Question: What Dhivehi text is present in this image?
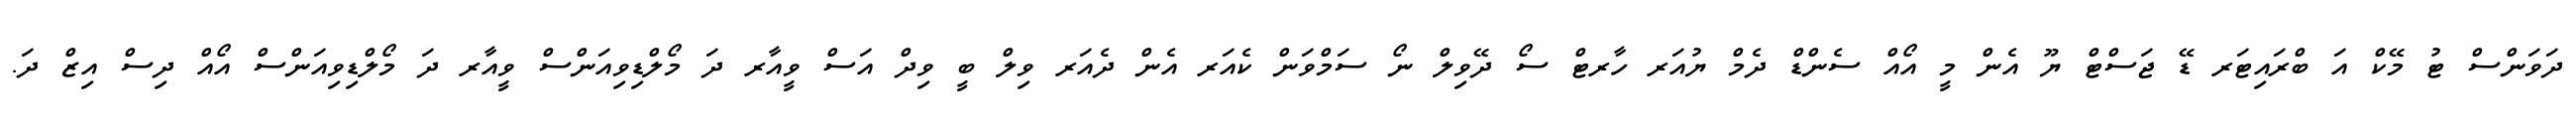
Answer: ދަވަންސް ޓު މޭކް އަ ބްރައިޓަރ ޑޭ ޖަސްޓް ޔޫ އެން މީ އޯއް ސެންޑް ދެމް ޔުއަރ ހާރޓް ސޯ ދޭވިލް ނޯ ސަމްވަން ކެއަރ އެން ދެއަރ ވިލް ބީ ވިދް އަސް ވީއާރ ދަ މޯލްޑިވިއަންސް ވީއާރ ދަ މޯލްޑިވިއަންސް އޯއް ދިސް އިޒް ދަ.